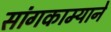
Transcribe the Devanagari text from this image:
सांगकाम्याने